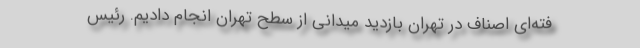
فته‌ای اصناف در تهران بازدید میدانی از سطح تهران انجام دادیم. رئیس